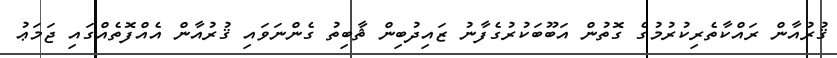
ޤުރުއާން ރައްކާތެރިކުރުމުގެ ގޮތުން އަބޫބަކުރުގެފާނު ޒައިދުބިން ޘާބިތު ގެންނަވައި ޤުރުއާން އެއްފޮތެއްގައި ޖަމަޢު